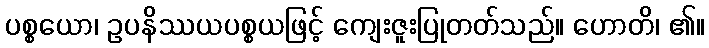
ပစ္စယော၊ ဥပနိဿယပစ္စယဖြင့် ကျေးဇူးပြုတတ်သည်။ ဟောတိ၊ ၏။